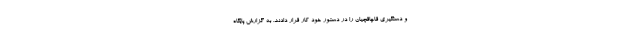
و دستگیری قاچاقچیان را در دستور خود کار قرار دادند. به گزارش پایگاه